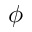
\phi